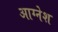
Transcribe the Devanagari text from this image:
आग्नेश